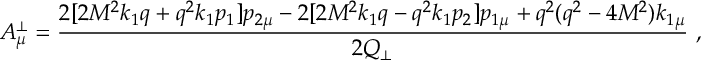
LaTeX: A _ { \mu } ^ { \bot } = \frac { 2 [ 2 M ^ { 2 } k _ { 1 } q + q ^ { 2 } k _ { 1 } p _ { 1 } ] p _ { 2 \mu } - 2 [ 2 M ^ { 2 } k _ { 1 } q - q ^ { 2 } k _ { 1 } p _ { 2 } ] p _ { 1 \mu } + q ^ { 2 } ( q ^ { 2 } - 4 M ^ { 2 } ) k _ { 1 \mu } } { 2 Q _ { \bot } } \ ,